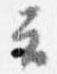
云